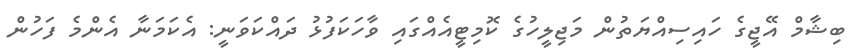
ބިޝާމް އޭޖީގެ ހައިސިއްޔަތުން މަޖިލީހުގެ ކޮމިޓީއެއްގައި ވާހަކަފުޅު ދައްކަވަނީ: އެކަމަނާ އެންމެ ފަހުން